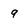
Character: 9